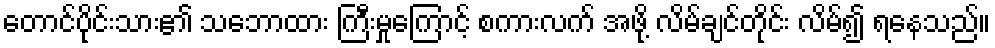
တောင်ပိုင်းသား၏ သဘောထား ကြီးမှုကြောင့် စကားလက် အဖို့ လိမ်ချင်တိုင်း လိမ်၍ ရနေသည်။